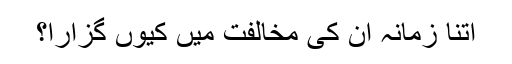
اتنا زمانہ ان کی مخالفت میں کیوں گزارا؟